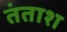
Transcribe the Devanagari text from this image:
तंताश